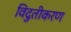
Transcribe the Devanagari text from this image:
विदुतीकरण